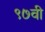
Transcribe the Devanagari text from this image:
९७वी